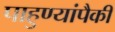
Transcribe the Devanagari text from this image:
पाहुण्यांपैकी